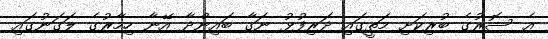
އެ ސޮރުގެ ބުރިކަށި މަތީގައި ދަރިފުޅު ނަގާ ބައިންދާ އޭނާ ހިމާރުގެ ލަގަނުގައި